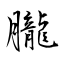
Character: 朧